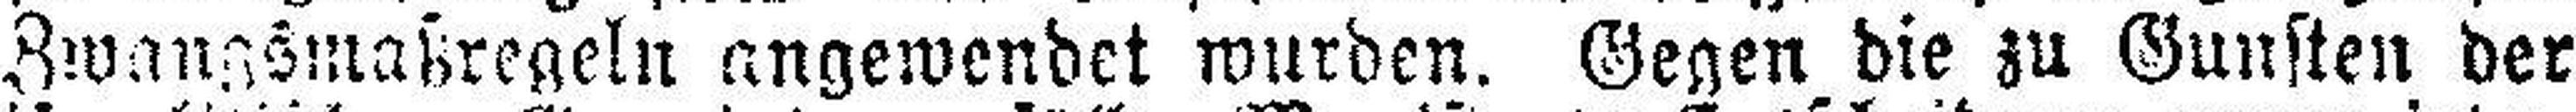
Zwangsmaßregeln angewendet wurden. Gegen die zu Gunsten der